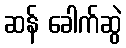
ဆန် ခေါက်ဆွဲ